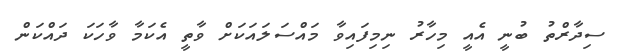
ސިދާރްތު ބުނީ އެއީ މިހާރު ނިމިފައިވާ މައްސަލައަކަށް ވާތީ އެކަމާ ވާހަކަ ދައްކަން